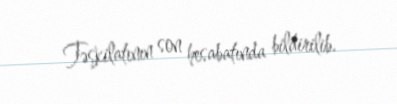
Təşkilatının son hesabatında bildirilib.